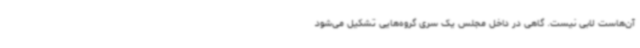
آن‌هاست لابی نیست. گاهی در داخل مجلس یک سری گروه‌هایی تشکیل می‌شود